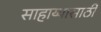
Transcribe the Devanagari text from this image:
साहाय्यासाठीं